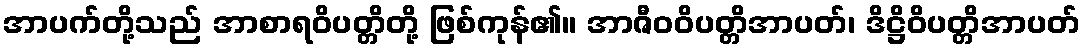
အာပက်တို့သည် အာစာရဝိပတ္တိတို့ ဖြစ်ကုန်၏။ အာဇီဝဝိပတ္တိအာပတ်၊ ဒိဋ္ဌိဝိပတ္တိအာပတ်